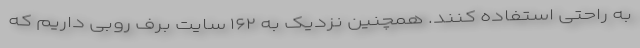
به راحتی استفاده کنند. همچنین نزدیک به ۱۶۲ سایت برف روبی داریم که